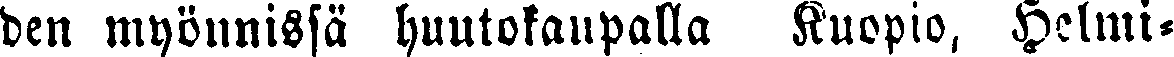
den myönnissä huutokaupalla Kuopio, Helmi-